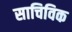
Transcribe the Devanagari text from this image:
साचिविक